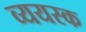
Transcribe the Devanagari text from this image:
व्ययस्क